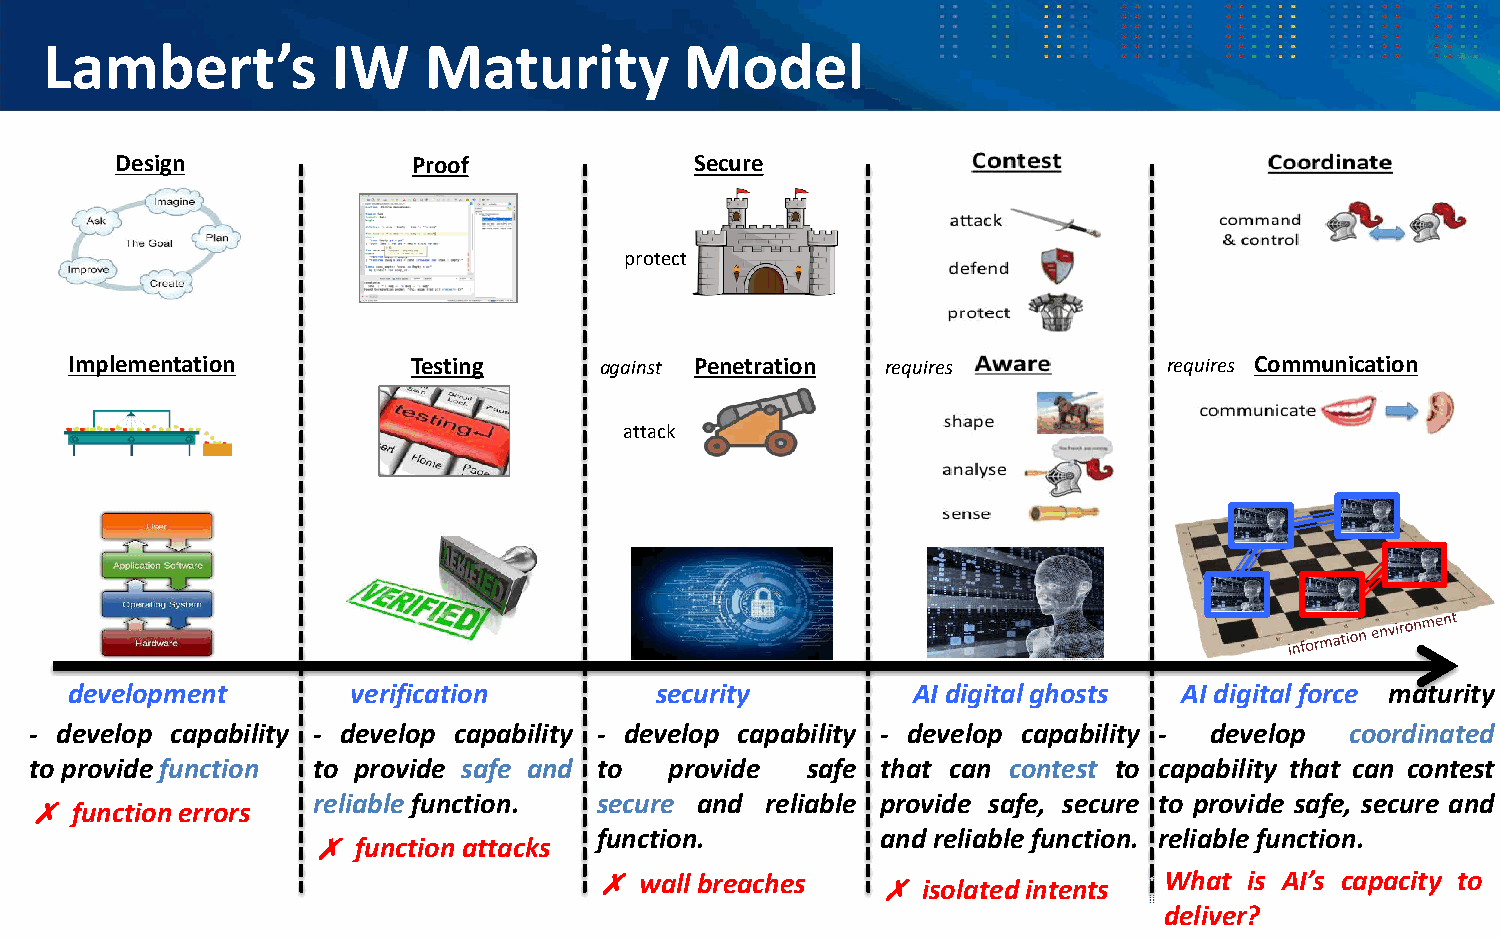
Lambert’s          IW    Maturity         Model
 Design             Proof              Secure
 protect
 Implementation        Testing      against Penetration requires         requires Communication
 attack
 development       verification        security         AI digital ghosts AI digital force maturity
 - develop capability - develop capability - develop capability - develop capability - develop coordinated
 to provide function to provide safe and to provide safe that can contest to capability that can contest
 ✗  function errors reliable function. secure and reliable provide safe, secure to provide safe, secure and
 function.          and reliable function. reliable function.
 ✗  function attacks
 ✗  wall breaches   ✗  isolated intents What is AI’s capacity to
 deliver?